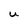
Character: U